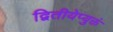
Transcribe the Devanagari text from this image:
द्वितीयेप्युक्तं